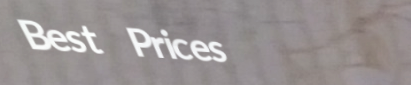
Best Prices